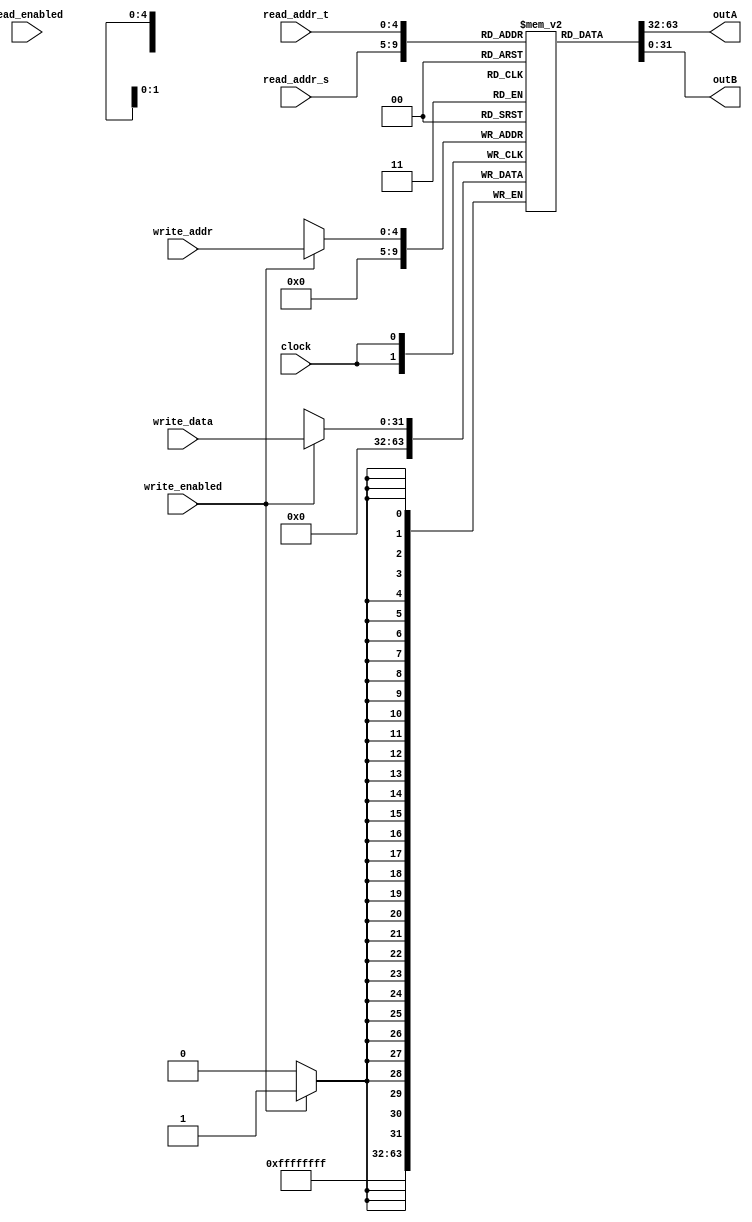
// 2016 Ryan Leonard
// RegisterFile (RF) Module
//
//  The internal data structure is a collection of 
//  32 registeread_addr_s each 32 bits in size. This is represented
//  using the 'memories' data structure as discussed in:
//    http://www.verilogtutorial.info/chapter_3.htm
//
//  Notice that on the positive edge of each clock cycle, we
//  are performing data write. On the negative edge of each clock
//  cycle, we are performing data read.

// TODO: How do we make the finish bit work as expected?

module rf_32(
  clock,
  read_enabled,
  read_addr_s, 
  read_addr_t, 
  write_enabled,
  write_addr,
  write_data,
  outA, 
  outB
);

localparam 
  REG_SIZE = 32,
  REGFILE_SIZE = 32,
  INDEX_SIZE = 5,
  ZERO = 32'b0;

input wire        clock;
input wire        read_enabled;
input wire [INDEX_SIZE-1:0]  read_addr_s;
input wire [INDEX_SIZE-1:0]  read_addr_t;
input wire        write_enabled;
input wire [INDEX_SIZE-1:0]  write_addr;
input wire [REG_SIZE-1:0] write_data;
output wire [REG_SIZE-1:0] outA;
output wire [REG_SIZE-1:0] outB;

// A 'memories' data structure representing:
//    32 registeread_addr_s each 32 bits
reg [REG_SIZE-1:0] register_file[REGFILE_SIZE-1:0];

// write logic 
always @ (negedge clock)
begin
  if (write_enabled)
    register_file[write_addr] <= write_data;
  register_file[0] <= ZERO;
end

// Read logic is combinational
assign outA = register_file[read_addr_s];
assign outB = register_file[read_addr_t];

endmodule